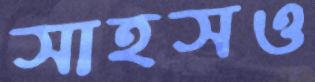
সাহসও